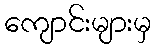
ကျောင်းများမှ